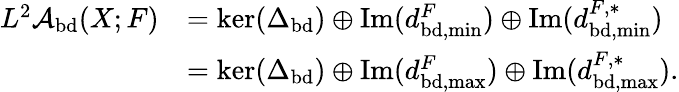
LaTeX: \begin{array}{rl}{L^{2}\mathcal{A}_{\mathrm{bd}}(X;F)}&{=\ker(\Delta_{\mathrm{bd}})\oplus\mathrm{Im}(d_{\mathrm{bd},\operatorname*{min}}^{F})\oplus\mathrm{Im}(d_{\mathrm{bd},\operatorname*{min}}^{F,*})}\\ &{=\ker(\Delta_{\mathrm{bd}})\oplus\mathrm{Im}(d_{\mathrm{bd},\operatorname*{max}}^{F})\oplus\mathrm{Im}(d_{\mathrm{bd},\operatorname*{max}}^{F,*}).}\end{array}